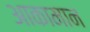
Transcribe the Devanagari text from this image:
आकामान